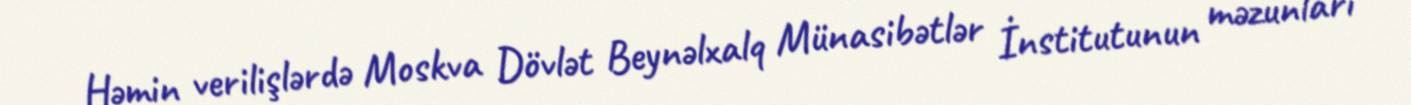
Həmin verilişlərdə Moskva Dövlət Beynəlxalq Münasibətlər İnstitutunun məzunları